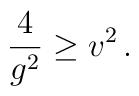
{4 \over g^2} \geq v^2 \, .